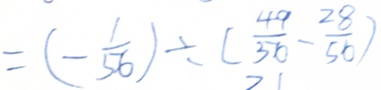
= ( - \frac { 1 } { 5 6 } ) \div ( \frac { 4 9 } { 5 6 } - \frac { 2 8 } { 5 6 } )